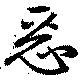
悪